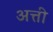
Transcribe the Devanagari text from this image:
अत्ती